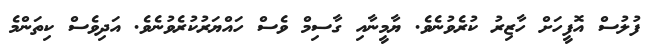
ފުލުސް އޮފީހަށް ހާޒިރު ކުރެވުނެވެ. ޔާމީނާއި ގާސިމް ވެސް ހައްޔަރުކުރެވުނެވެ. އަދިވެސް ކިތަންމެ